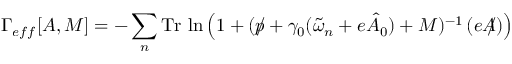
\Gamma _ { e f f } [ A , M ] = - \sum _ { n } \mathrm { T r } \, \ln \left( 1 + ( p \! \! \! \slash + \gamma _ { 0 } ( \tilde { \omega } _ { n } + e \hat { A } _ { 0 } ) + M ) ^ { - 1 } \, ( e A \! \! \! \slash ) \right)